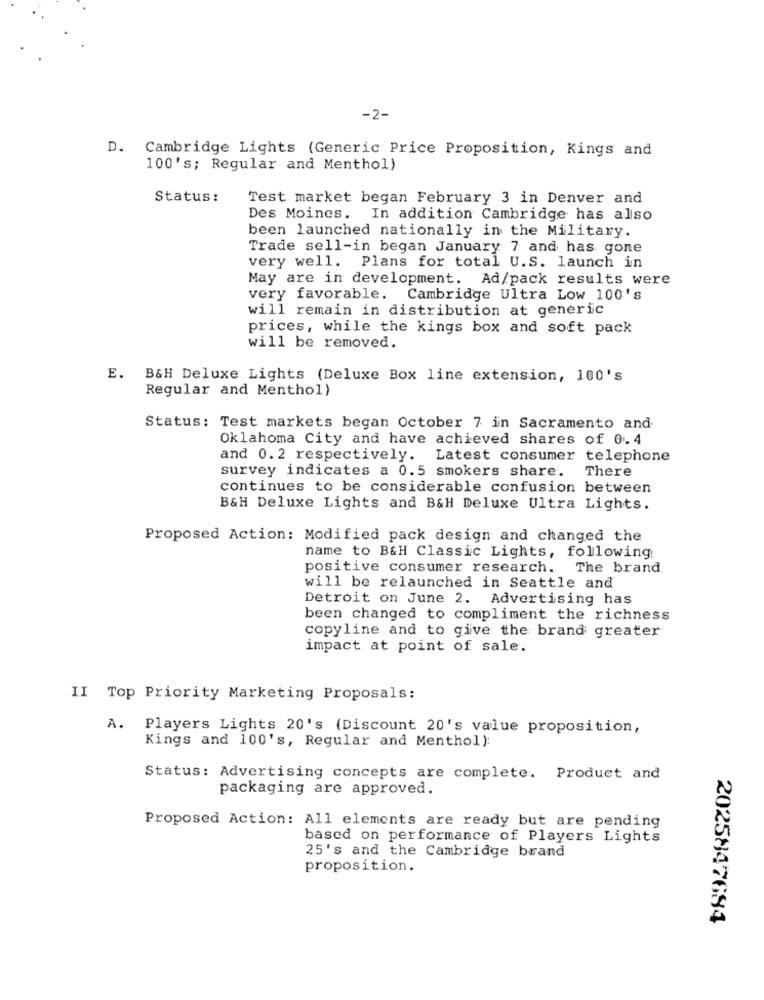
-2-
D. Cambridge Lights (Generic Price Proposition, Kings and
100's; Regular and Menthol)
Status:
Test market began February 3 in Denver and
Des Moines. In addition Cambridge has also
been launched nationally in the Military.
Trade sell-in began January 7 and has gone
very well. Plans for total U.S. launch in
May are in development. Ad/pack results were
very favorable. Cambridge Ultra Low 100's
will remain in distribution at generic
prices, while the kings box and soft pack
will be removed.
E. B&H Deluxe Lights (Deluxe Box line extension, 100's
Regular and Menthol)
Status: Test markets began October 7 in Sacramento and
Oklahoma City and have achieved shares of 0.4
and 0.2 respectively. Latest consumer telephone
survey indicates a 0.5 smokers share.
There
continues to be considerable confusion between
B&H Deluxe Lights and B&H Deluxe Ultra Lights.
Proposed Action: Modified pack design and changed the
name to B&H Classic Lights, following
positive consumer research. The brand.
will be relaunched in Seattle and
Detroit on June 2. Advertising has
been changed to compliment the richness
copyline and to give the brand greater
impact at point of sale.
II Top Priority Marketing Proposals:
A. Players Lights 20's (Discount 20's value proposition,
Kings and 100's, Regular and Menthol):
Status: Advertising concepts are complete. Product and
packaging are approved.
Proposed Action: All elements are ready but are pending
based on performance of Players Lights
25's and the Cambridge brand
proposition.
2025847684